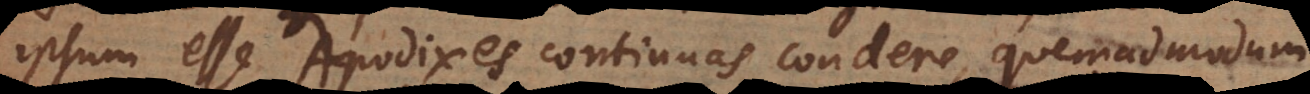
ipsum esse Apodixes continuas condere, quemadmodum